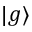
| g \rangle